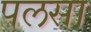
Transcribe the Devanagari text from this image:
पलसा